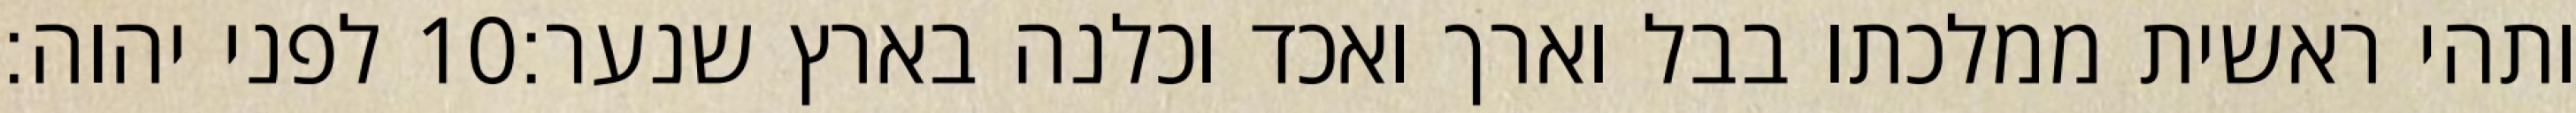
לפני יהוה׃ ‎10‏ ותהי ראשית ממלכתו בבל וארך ואכד וכלנה בארץ שנער׃